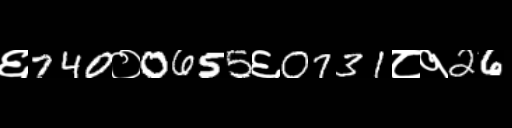
Text: ६740०0655६0731८१26